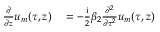
\begin{array} { r l } { \frac { \partial } { \partial z } u _ { m } ( \tau , z ) } & { { } = - \frac { \mathrm { i } } { 2 } \beta _ { 2 } \frac { \partial ^ { 2 } } { \partial \tau ^ { 2 } } u _ { m } ( \tau , z ) } \end{array}